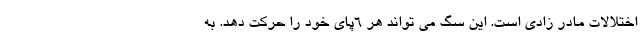
اختلالات مادر زادی است. این سگ می تواند هر ۶پای خود را حرکت دهد. به